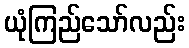
ယုံကြည်သော်လည်း